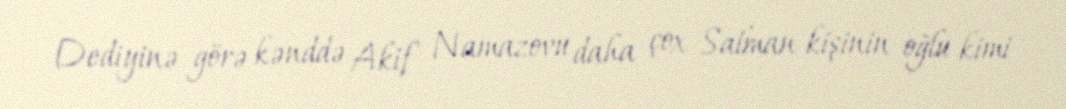
Dediyinə görə kənddə Akif Namazovu daha çox Salman kişinin oğlu kimi